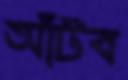
আঁটব